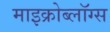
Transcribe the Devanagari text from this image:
माइक्रोब्लॉग्स